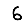
Digit: 6